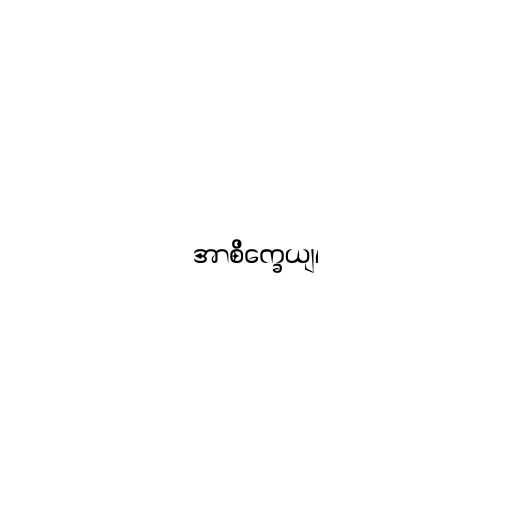
အာစိက္ခေယျ၊